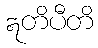
ဣတိပီတိ